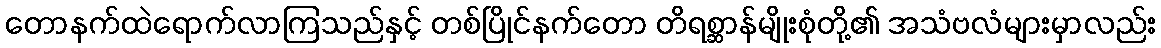
တောနက်ထဲရောက်လာကြသည်နှင့် တစ်ပြိုင်နက်တော တိရစ္ဆာန်မျိုးစုံတို့၏ အသံဗလံများမှာလည်း